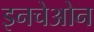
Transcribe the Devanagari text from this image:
इनचेओन